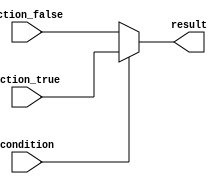
module ternary_operator (
    input wire condition,
    input wire action_true,
    input wire action_false,
    output reg result
);

always @* begin
    result = condition ? action_true : action_false;
end

endmodule